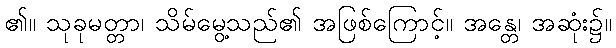
၏။ သုခုမတ္တာ၊ သိမ်မွေ့သည်၏ အဖြစ်ကြောင့်။ အန္တေ၊ အဆုံး၌။